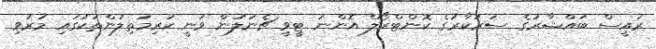
ރައީސް ބައްޝާރުގެ ސަރުކާރުގެ ކޮންޓްރޯލް އޮންނަ ޓީވީ ޗެނަލުން ވަނީ ކުރިމަތިލުންތަކުގައި މަރުވި